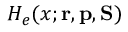
H _ { e } ( x ; { \mathbf { r } } , { \mathbf { p } } , { \mathbf { S } } )